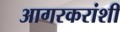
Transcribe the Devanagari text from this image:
आगरकरांशी